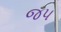
જ૫